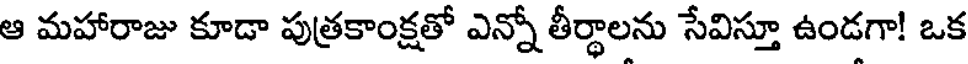
ఆ మహారాజు కూడా పుత్రకాంక్షతో ఎన్నో తీర్థాలను సేవిస్తూ ఉండగా! ఒక